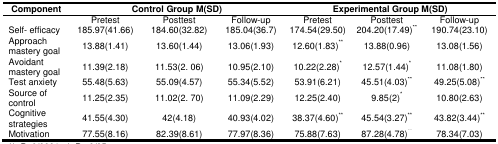
<table><thead><tr><td><b>Component</b></td><td colspan="3"><b>Control Group M(SD)</b></td><td colspan="3"><b>Experimental Group M(SD)</b></td></tr></thead><tbody><tr><td>[EMPTY_CELL]</td><td>Pretest</td><td>Posttest</td><td>Follow-up</td><td>Pretest</td><td>Posttest</td><td>Follow-up</td></tr><tr><td>Self- efficacy</td><td>185.97(41.66)</td><td>184.60(32.82)</td><td>185.04(36.7)</td><td>174.54(29.50)</td><td>204.20(17.49)**</td><td>190.74(23.10)</td></tr><tr><td>Approach mastery goal</td><td>13.88(1.41)</td><td>13.60(1.44)</td><td>13.06(1.93)</td><td>12.60(1.83)**</td><td>13.88(0.96)</td><td>13.08(1.56)</td></tr><tr><td>Avoidant mastery goal</td><td>11.39(2.18)</td><td>11.53(2. 06)</td><td>10.95(2.10)</td><td>10.22(2.28)*</td><td>12.57(1.44)*</td><td>11.08(1.80)</td></tr><tr><td>Test anxiety</td><td>55.48(5.63)</td><td>55.09(4.57)</td><td>55.34(5.52)</td><td>53.91(6.21)</td><td>45.51(4.03)**</td><td>49.25(5.08)**</td></tr><tr><td>Source of control</td><td>11.25(2.35)</td><td>11.02(2. 70)</td><td>11.09(2.29)</td><td>12.25(2.40)</td><td>9.85(2)*</td><td>10.80(2.63)</td></tr><tr><td>Cognitive strategies</td><td>41.55(4.30)</td><td>42(4.18)</td><td>40.93(4.02)</td><td>38.37(4.60)**</td><td>45.54(3.27)**</td><td>43.82(3.44)**</td></tr><tr><td>Motivation</td><td>77.55(8.16)</td><td>82.39(8.61)</td><td>77.97(8.36)</td><td>75.88(7.63)</td><td>87.28(4.78)**</td><td>78.34(7.03)</td></tr></tbody></table>